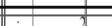
:       2